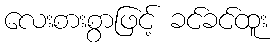
လေးစားစွာဖြင့် ခင်ခင်ထူး